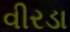
વીરડા